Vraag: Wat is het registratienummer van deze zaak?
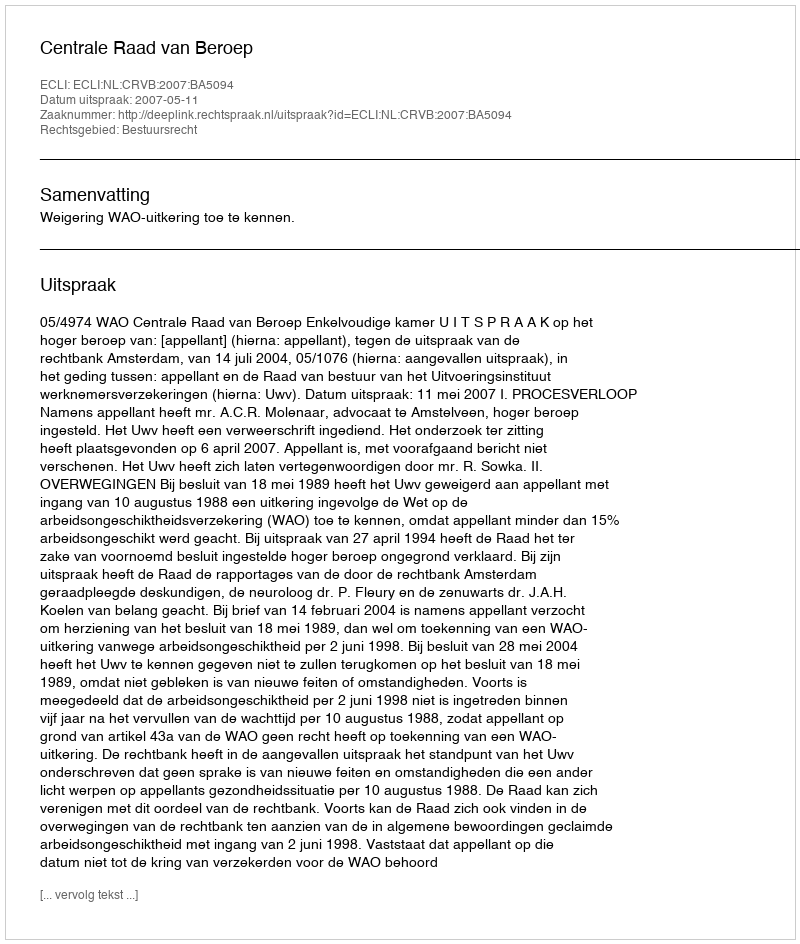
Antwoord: http://deeplink.rechtspraak.nl/uitspraak?id=ECLI:NL:CRVB:2007:BA5094